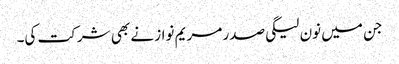
جن میں نون لیگی صدر مریم نواز نے بھی شرکت کی۔